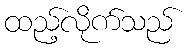
ထည့်လိုက်သည်